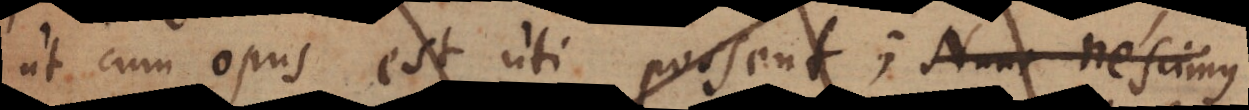
ut cum opus est uti possent; Nunc nescimus